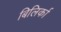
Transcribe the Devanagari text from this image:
बिलिर्का